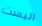
اليست